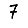
Digit: 7